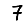
Digit: 7